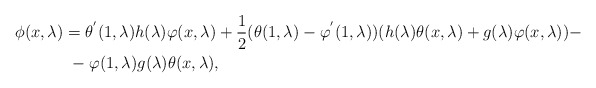
\begin{align*}\phi(x,\lambda) & =\theta^{^{\prime}}(1,\lambda)h(\lambda)\varphi(x,\lambda)+\frac{1}{2}(\theta(1,\lambda)-\varphi^{^{\prime}}(1,\lambda))(h(\lambda)\theta(x,\lambda)+g(\lambda)\varphi(x,\lambda))-\\& \ -\varphi(1,\lambda)g(\lambda)\theta(x,\lambda),\end{align*}